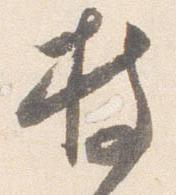
持